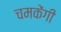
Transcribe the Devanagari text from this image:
चमकेंगी